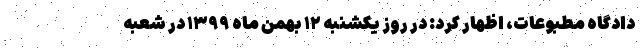
دادگاه مطبوعات، اظهار کرد: در روز یکشنبه ۱۲ بهمن ماه ۱۳۹۹ در شعبه